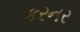
કરનર